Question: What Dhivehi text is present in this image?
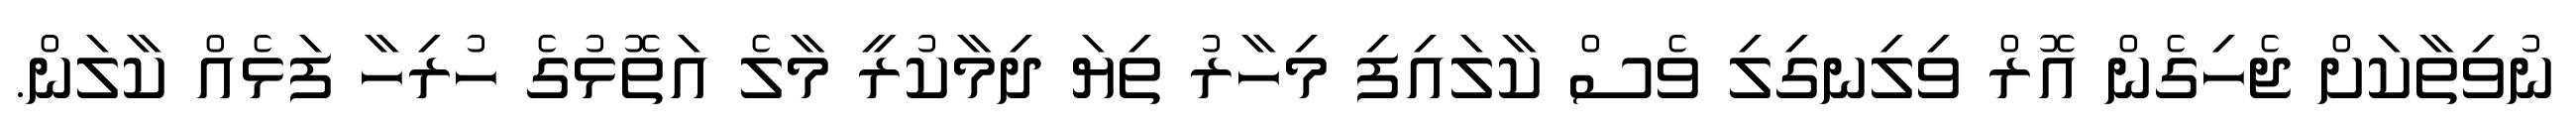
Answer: ނުވިތާކަށް ޖެހިގެން އޮރް ވިލިނގިލި ވެސް ކާލައިފި މިހާރު ތިޔަ ދިމާކުރީ މާލެ އަތޮޅުގެ ހުރިހާ ފަޅެއް ކާލަން.